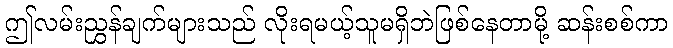
ဤလမ်းညွှန်ချက်များသည် လိုးရမယ့်သူမရှိဘဲဖြစ်နေတာမို့ ဆန်းစစ်ကာ